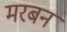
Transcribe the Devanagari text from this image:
मरबन